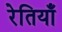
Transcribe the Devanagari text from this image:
रेतियाँ